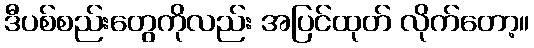
ဒီပစ်စည်းတွေကိုလည်း အပြင်ထုတ် လိုက်တော့။